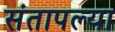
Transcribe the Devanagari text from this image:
संतापल्या